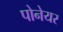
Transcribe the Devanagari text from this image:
पोनेयर